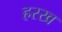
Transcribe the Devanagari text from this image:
हरख